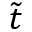
\tilde { t }